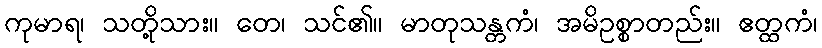
ကုမာရ၊ သတို့သား။ တေ၊ သင်၏။ မာတုသန္တကံ၊ အမိဥစ္စာတည်း။ ဧတ္ထကံ၊